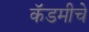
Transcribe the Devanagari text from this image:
कॅडमीचे